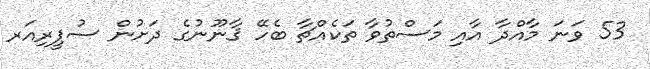
53 ވަނަ މާއްދާ އާއި މަސްތުވާ ތަކެއްޗާ ބެހޭ ޤާނޫނުގެ ދަށުން ސުޕީރިއަރ